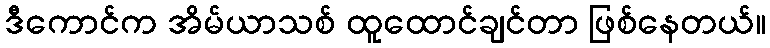
ဒီကောင်က အိမ်ယာသစ် ထူထောင်ချင်တာ ဖြစ်နေတယ်။